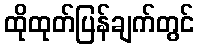
ထိုထုတ်ပြန်ချက်တွင်